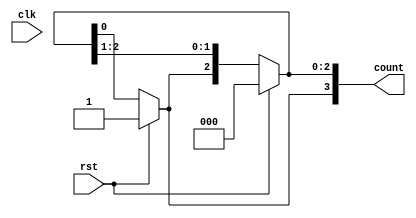
module ring_counter(rst,clk,count);
input rst,clk;
output reg[3:0] count;
//.................................//
always@(clk or rst) begin
	if (rst) begin
		count <=4'b1000;
	end
	else begin
		count<= count >>1;
		count[3] <= count[0];
	end
end
endmodule


//.........tb......///////
`timescale 1ns/1ns
module ring_counter_tb;
reg rst,clk;
wire [3:0] count;

ring_counter f(rst,clk,count);
always #10 clk=~clk;

initial begin
	clk=1'b1;
	rst=1'b1;
	#10 rst= 1'b0;
end

initial begin
	$monitor("Time =%0t | clk= %b | rst =%b |count=%b",$realtime,clk,rst,count);
end
endmodule